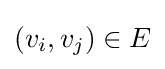
(v_{i},v_{j})\in E